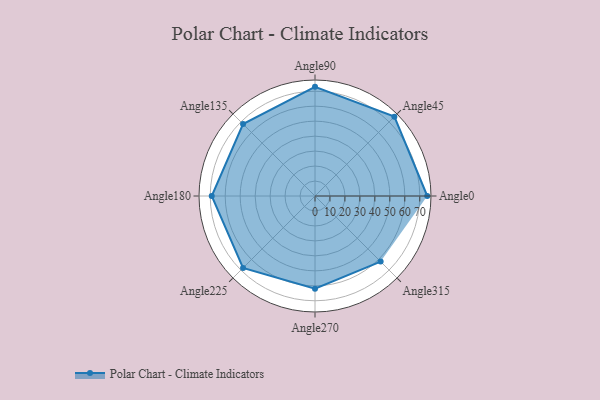
{"axis": {"x": "Angle", "y": "Radius"}, "legend": [""], "data": [{"x": "Angle0", "y": 75.0, "type": ""}, {"x": "Angle45", "y": 75.0, "type": ""}, {"x": "Angle90", "y": 73.0, "type": ""}, {"x": "Angle135", "y": 68.0, "type": ""}, {"x": "Angle180", "y": 69.0, "type": ""}, {"x": "Angle225", "y": 68.0, "type": ""}, {"x": "Angle270", "y": 62.0, "type": ""}, {"x": "Angle315", "y": 62.0, "type": ""}]}